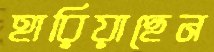
হারিয়াছেন